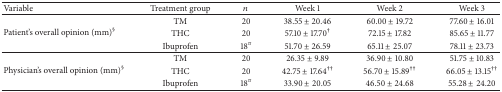
<table><thead><tr><td><b>Variable</b></td><td><b>Treatment group</b></td><td><b><i>n</i></b></td><td><b>Week 1</b></td><td><b>Week 2</b></td><td><b>Week 3</b></td></tr></thead><tbody><tr><td rowspan="3">Patient&#x27;s overall opinion (mm)<sup>§</sup></td><td>TM</td><td>20</td><td>38.55 ± 20.46</td><td>60.00 ± 19.72</td><td>77.60 ± 16.01</td></tr><tr><td>THC</td><td>20</td><td>57.10 ± 17.70<sup>†</sup></td><td>72.15 ± 17.82</td><td>85.65 ± 11.77</td></tr><tr><td>Ibuprofen</td><td>18<sup><i>π</i></sup></td><td>51.70 ± 26.59</td><td>65.11 ± 25.07</td><td>78.11 ± 23.73</td></tr><tr><td rowspan="3">Physician&#x27;s overall opinion (mm)<sup>§</sup></td><td>TM</td><td>20</td><td>26.35 ± 9.89</td><td>36.90 ± 10.80</td><td>51.75 ± 10.83</td></tr><tr><td>THC</td><td>20</td><td>42.75 ± 17.64<sup>††</sup></td><td>56.70 ± 15.89<sup>††</sup></td><td>66.05 ± 13.15<sup>††</sup></td></tr><tr><td>Ibuprofen</td><td>18<sup><i>π</i></sup></td><td>33.90 ± 20.05</td><td>46.50 ± 24.68</td><td>55.28 ± 24.20</td></tr></tbody></table>